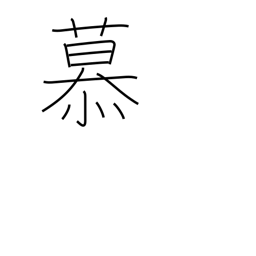
Meaning: love dearly